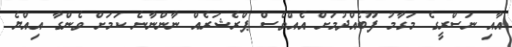
އާއި ނަސްރީގެ މަގާމު ފޫބެއްދުމަށް އެއްވެސް ޕްރެޝަރެއް ނާންނާނެ ކަމަށް ވެންގާ އިއްޔެ